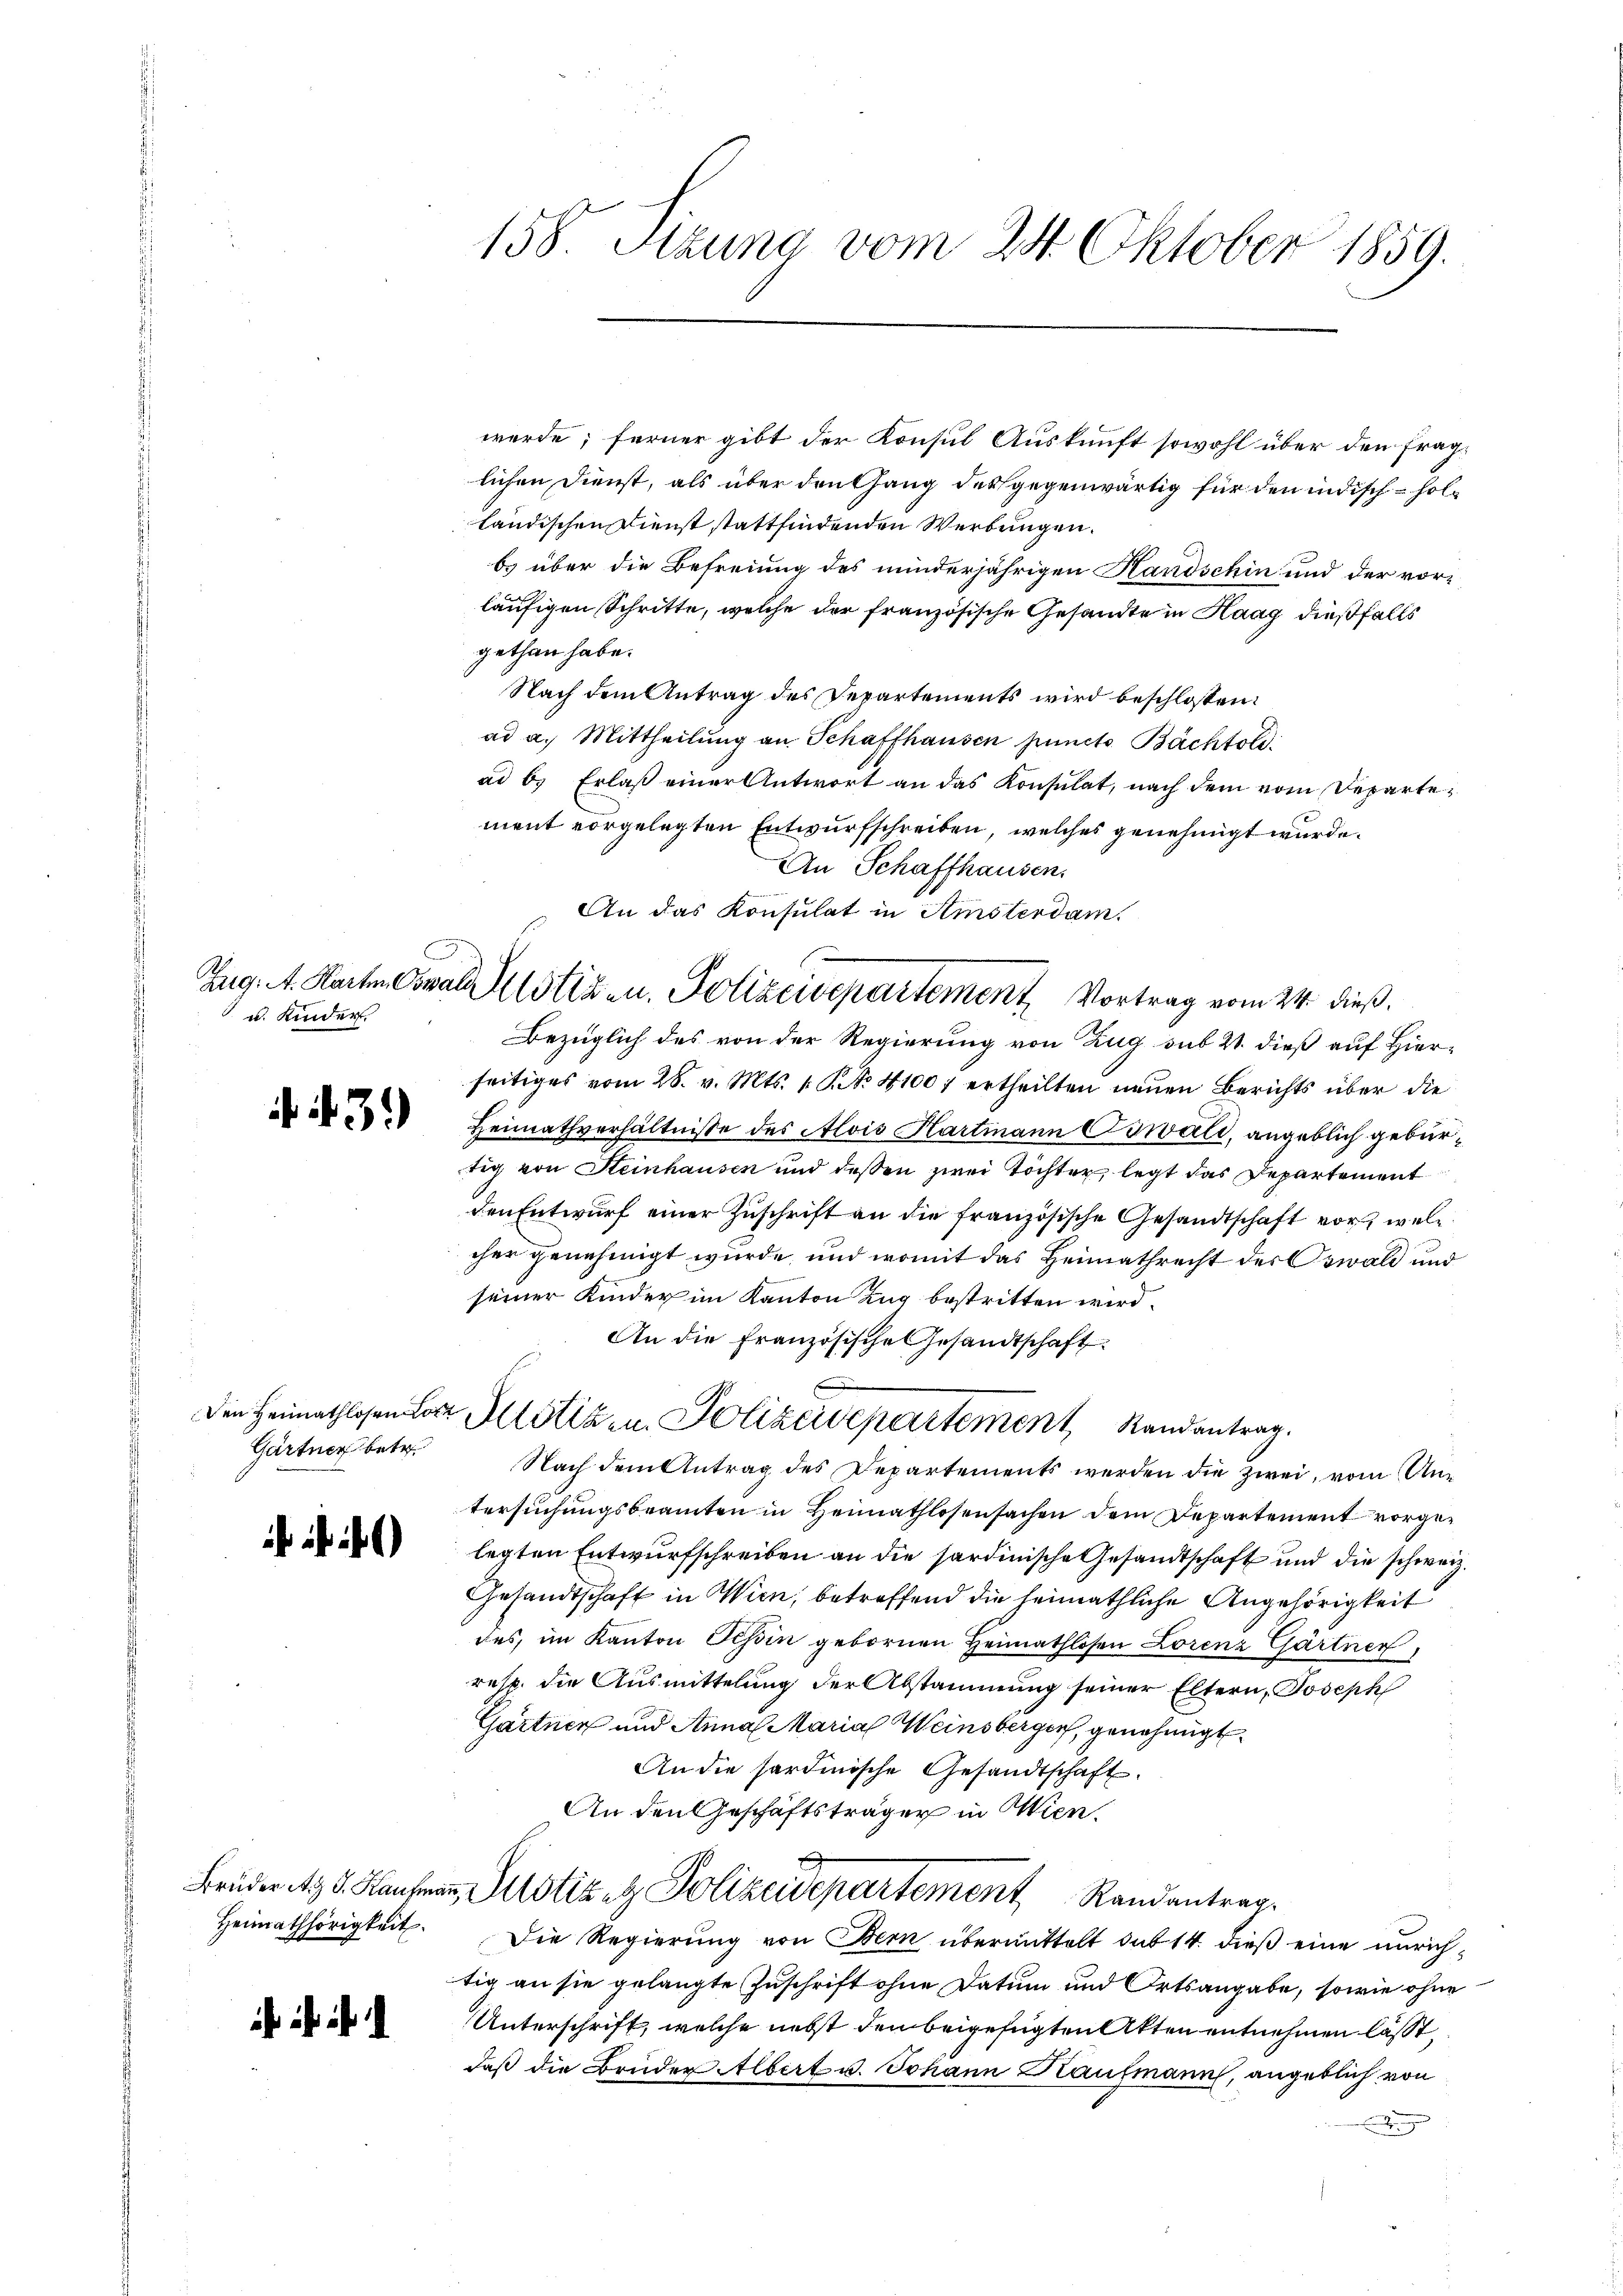
u. Kinder.

. N. 3.)

Gärtner betr.

6)

Brüder A. G. Kaufmann
Heimathörigkeit.

h ihr i

158 Stzung vom 24. Oktober 1859.

An das Konsulat in Amsterdam.
Zug. A. Karten Corale Astiz- u. Polizeisepartement Vortrag vom 24. dieß.

werde; ferner gibt der Konsul Auskunft sowohl über den fraglichen Dienst, als über den Gang des gegenwärtig für den indisch - holländischen Dienst stattfindenden Werbungen.
b) über die Befreiung des minderjährigen Handschin und der vorläufigen Schritte, welche der französische Gesandte in Haag dießfalls
gethan habe.
Nach dem Antrag des Departements wird beschlossen:
ad a. Mittheilung an Schaffhausen puncto Bächtold:
ad b. Erlaß einer Antwort an das Konsulat, nach dem vom Departement vorgelegten Entwurfschreiben, welches genehmigt wurde.
An Schaffhausen.
Bezüglich des von der Regierung von Zug sub 21. dieß auf Hierseitiges vom 28. v. Mts. 1. No. 41007 ertheilten neuen Berichts über die
Heimathverhältnisse des Alois Hartmann Oswald, angeblich gebürtig von Steinhausen und dessen zwei Töchter, legt das Departement
den Entwurf einer Zuschrift an die französische Gesandtschaft vor, welc
cher genehmigt wurde, und womit das Heimathrecht des Oswald und
seiner Kinder im Kanton Zug bestritten wird.
An die Französische Gesandtschaft
Den Heimathlosen Lor Altstiz- u. Polizeidepartement, Stand antrag.
Nach dem Antrag des Departements werden die zwei, vom Antersuchungsbeamten in Heimathlosensachen dem Departement vorgelegten Entwurfschreiben an die sardinische Gesandtschaft und die schweiz.
Gesandtschaft in Wien, betreffend die heimathliche Angehörigkeit
des, im Kanton Tessin gebornen Heimathlosen Lorenz Gärtner,
resp. die Ausmittelung der Abstammung seiner Eltern, Joseph
Gärtner und Anna Marial Weinsberger, genehmigt
An die sardinische Gesandtschaft.
An den Geschäftsträger in Wien,
 Justiz- & Polizeidepartement Randantrag
Die Regierung von Bern übermittelt sub 14. dieß eine unrichtig an sie gelangte Zuschrift ohne Datum und Ortsangabe, sowie ohne
Unterschrift, welche nebst den beigefügten Akten entnehmen lässt,
daß die Brüder Albert u. Johann Kaufmann, angeblich von
g